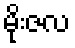
မိုးဇလ